Vaccine operations Central Provinces 1886-1899 - 1886-1899
Year: 1886
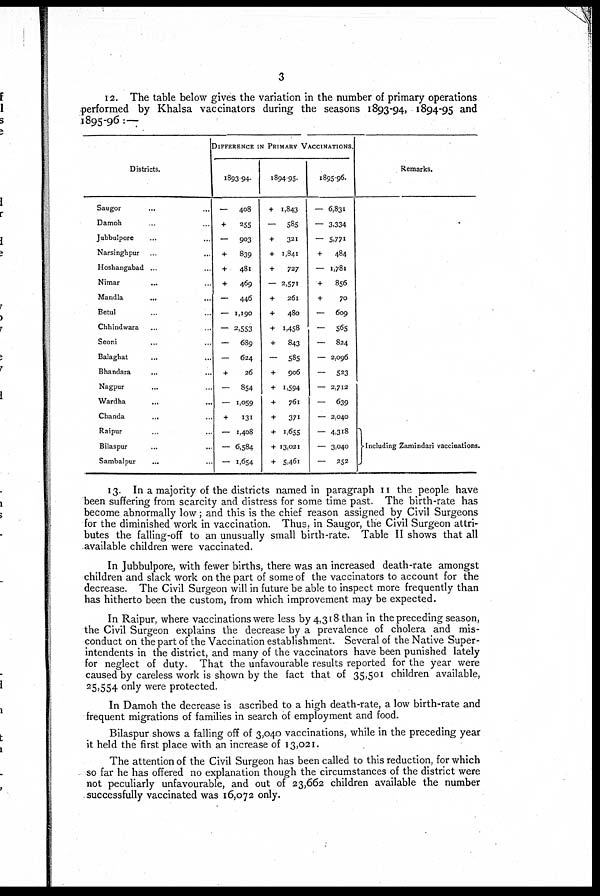
3
12. The table below gives the variation in the number of primary operations
performed by Khalsa vaccinators during the seasons 1893-94, 1894-95 and
1895-96:—
Districts.
Saugor ... ...
Damoh ... ...
Jubbulpore ... ...
Narsinghpur
...
...
Hoshangabad ... ...
Nimar ... ...
Mandla
...
...
Betul ... ...
Chhindwara ... ...
Seoni
...
...
Balaghat ... ...
Bhandara ... ...
Nagpur ... ...
Wardha ... ...
Chanda
...
...
Raipur ... ...
Bilaspur ... ...
Sambalpur ... ...
DIFFERANCE IN PRIMARY VACCINATIONS.
1893-94.
—
408
+
255
—
903
+
839
+
481
+
469
—
446
— 1,190
— 2,553
—
689
—
624
+
26
—
854
— 1,059
+
131
— 1,408
— 6,584
— 1,654
1894-95.
+ 1,843
—
585
+
321
+ 1,841
+
727
— 2,571
+
261
+
480
+ 1,458
+
843
—
585
+
906
+ 1,594
+
761
+
371
+ 1,655
+ 13,021
+ 5,461
1895-96.
— 6,831
— 3,334
— 5,771
+
484
— 1,781
+
856
+
70
—
609
—
565
—
824
— 2,096
—
523
— 2,712
—
639
— 2,040
— 4,318
— 3,040
—
252
Remarks.
Including Zamindari vaccinations.
13. In a majority of the districts named in paragraph 11 the people have
been suffering from scarcity and distress for some time past. The birth-rate has
become abnormally low; and this is the chief reason assigned by Civil Surgeons
for the diminished work in vaccination. Thus, in Saugor, the Civil Surgeon attri-
butes the falling-off to an unusually small birth-rate. Table II shows that all
available children were vaccinated.
In Jubbulpore, with fewer births, there was an increased death-rate amongst
children and slack work on the part of some of the vaccinators to account for the
decrease. The Civil Surgeon will in future be able to inspect more frequently than
has hitherto been the custom, from which improvement may be expected.
In Raipur, where vaccinations were less by 4,318 than in the preceding season,
the Civil Surgeon explains the decrease by a prevalence of cholera and mis-
conduct on the part of the Vaccination establishment. Several of the Native Super-
intendents in the district, and many of the vaccinators have been punished lately
for neglect of duty. That the unfavourable results reported for the year were
caused by careless work is shown by the fact that of 35,501 children available,
25,554 only were protected.
In Damoh the decrease is ascribed to a high death-rate, a low birth-rate and
frequent migrations of families in search of employment and food.
Bilaspur shows a falling off of 3,040 vaccinations, while in the preceding year
it held the first place with an increase of 13,021.
The attention of the Civil Surgeon has been called to this reduction, for which
so far he has offered no explanation though the circumstances of the district were
not peculiarly unfavourable, and out of 23,662 children available the number
successfully vaccinated was 16,072 only.